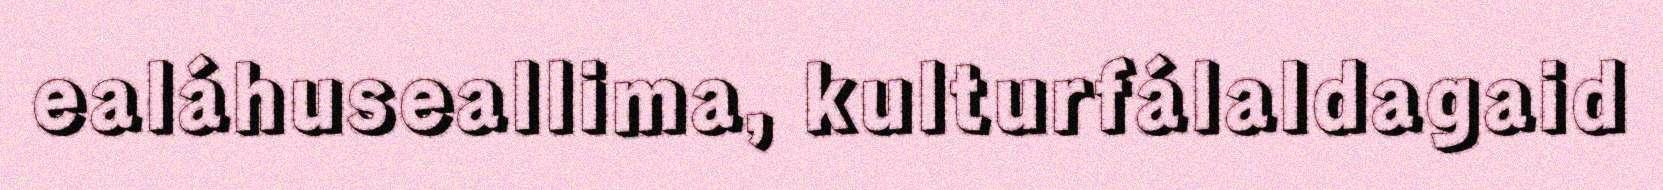
ealáhuseallima, kulturfálaldagaid